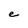
Character: e